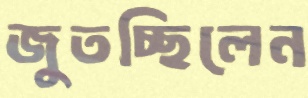
জুতচ্ছিলেন